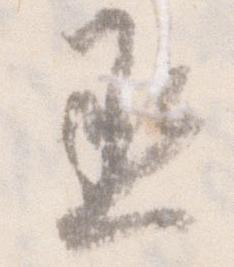
丞